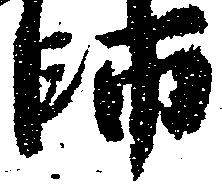
師